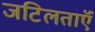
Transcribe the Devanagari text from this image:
जटिलताऍं